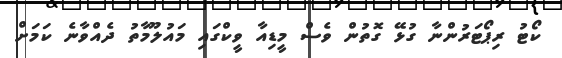
ކޯޓު ރިޕޯޓަރުންނާ ގުޅޭ ގޮތުން ވެސް މީޑިއާ ވީކްގައި މައުލޫމާތު ދެއްވާނެ ކަމަށް